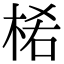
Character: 𣒅